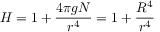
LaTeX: H = 1 + \frac { 4 \pi g N } { r ^ { 4 } } = 1 + \frac { R ^ { 4 } } { r ^ { 4 } }